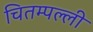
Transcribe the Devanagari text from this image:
चितम्पल्ली